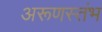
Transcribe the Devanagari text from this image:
अरूणस्तंभ